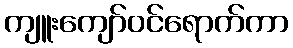
ကျူးကျော်ဝင်ရောက်ကာ